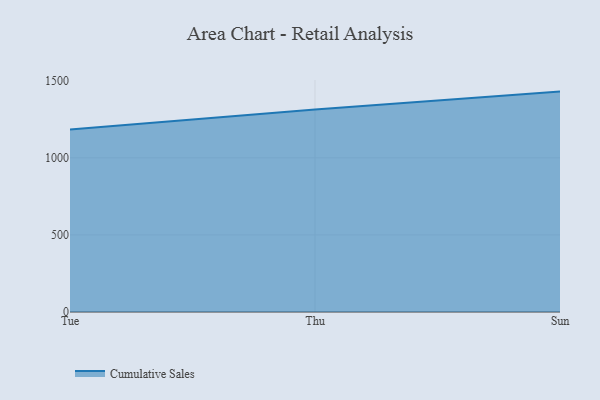
{"axis": {"x": "Day", "y": "Customer Acquisition Cost (USD)"}, "legend": ["Cumulative Sales"], "data": [{"x": "Tue", "y": 1183.1, "type": "Cumulative Sales"}, {"x": "Thu", "y": 1313.8, "type": "Cumulative Sales"}, {"x": "Sun", "y": 1429.5, "type": "Cumulative Sales"}]}